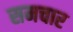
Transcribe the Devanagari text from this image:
समचार